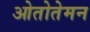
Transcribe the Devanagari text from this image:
ओतोतेमन